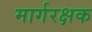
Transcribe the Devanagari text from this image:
मार्गरक्षक